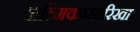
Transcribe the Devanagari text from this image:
वाल्मिकासारिखा